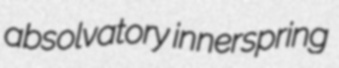
absolvatory innerspring